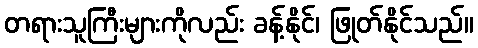
တရားသူကြီးများကိုလည်း ခန့်နိုင်၊ ဖြုတ်နိုင်သည်။